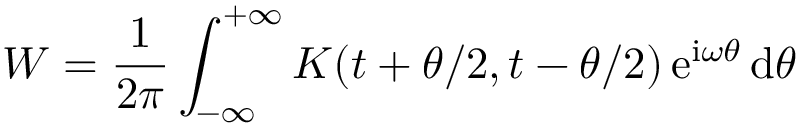
W = \frac { 1 } { 2 \pi } \int _ { - \infty } ^ { + \infty } K ( t + \theta / 2 , t - \theta / 2 ) \, \mathrm { e } ^ { \mathrm { i } \omega \theta } \, \mathrm { d } \theta